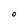
Character: O